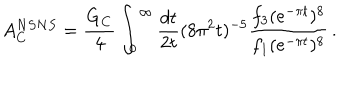
A _ { C } ^ { N S N S } = { \frac { G _ { C } } { 4 } } \int _ { 0 } ^ { \infty } { \frac { d t } { 2 t } } ( 8 \pi ^ { 2 } t ) ^ { - 5 } { \frac { f _ { 3 } ( e ^ { - \pi t } ) ^ { 8 } } { f _ { 1 } ( e ^ { - \pi t } ) ^ { 8 } } } \, .